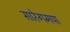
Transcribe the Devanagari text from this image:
सारेगमपा